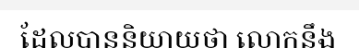
ដែលបាននិយាយថា លោកនឹង